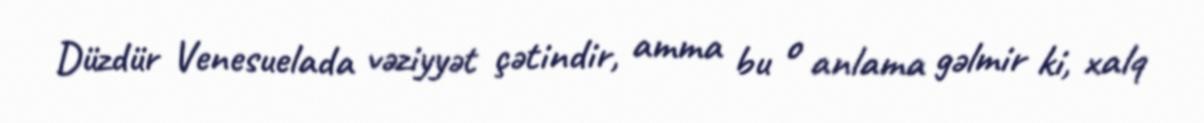
Düzdür Venesuelada vəziyyət çətindir, amma bu o anlama gəlmir ki, xalq